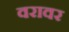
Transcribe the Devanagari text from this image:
वरावर